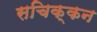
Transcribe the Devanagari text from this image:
सचिक्‍कन